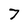
Character: 7